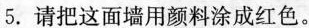
5.请把这面墙用颜料涂成红色。